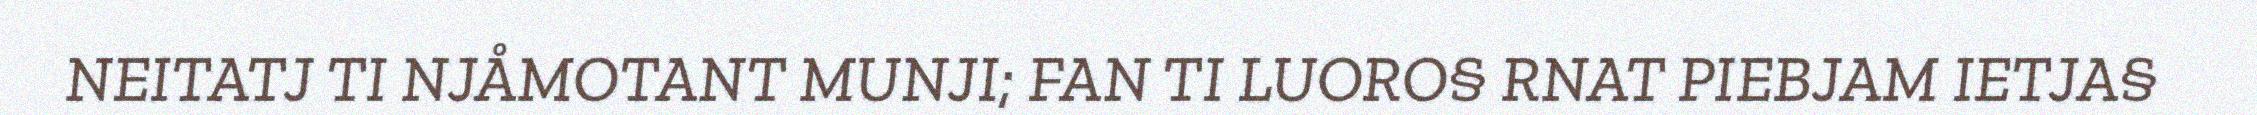
NEITATJ TI NJÅMOTANT MUNJI; FAN TI LUORO§ RNAT PIEBJAM IETJA§